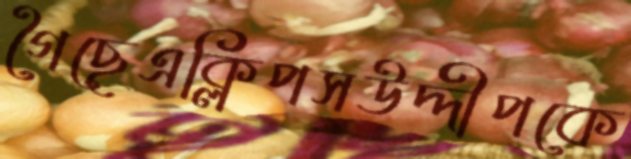
গৈছেএক্লিপসউদ্দীপকে